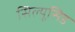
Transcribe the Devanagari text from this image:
सिल्यूसिड